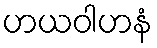
ဟယဝါဟနံ